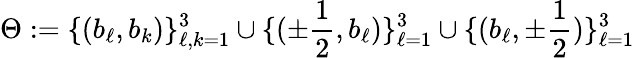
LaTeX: \Theta:=\{ (b_{\ell},b_{k})\} _{\ell,k=1}^{3}\cup\{ (\pm\frac{1}{2},b_{\ell})\} _{\ell=1}^{3}\cup\{ (b_{\ell},\pm\frac{1}{2})\} _{\ell=1}^{3}